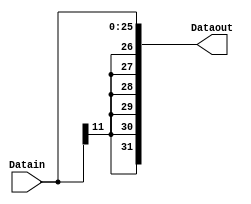
`timescale 1ns/1ns
module SignExtend2(input [25:0] Datain,output[31:0] Dataout);
  assign Dataout = {{6{Datain[11]}}, Datain};
endmodule